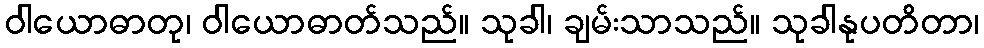
ဝါယောဓာတု၊ ဝါယောဓာတ်သည်။ သုခါ၊ ချမ်းသာသည်။ သုခါနုပတိတာ၊